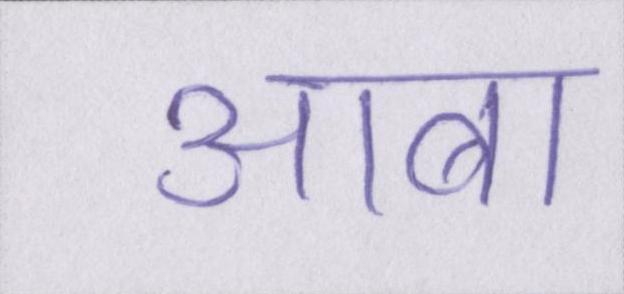
आबा